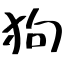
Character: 狗